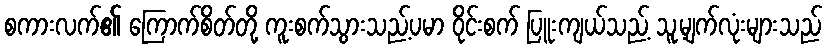
စကားလက်၏ ကြောက်စိတ်တို့ ကူးစက်သွားသည့်ပမာ ဝိုင်းစက် ပြူးကျယ်သည့် သူ့မျက်လုံးများသည်